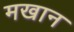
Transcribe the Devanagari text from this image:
मखान